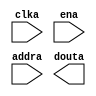
module SongROM(
    input clka,
    input ena,
    input [7:0] addra,
    output douta
);
endmodule